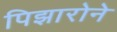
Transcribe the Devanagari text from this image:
पिझारोने